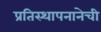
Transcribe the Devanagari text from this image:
प्रतिस्थापनानेची